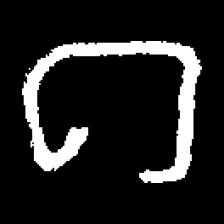
Pyu character \u2014 Myanmar letter: ဂ (romanized: ga)